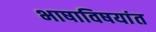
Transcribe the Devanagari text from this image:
भाषाविषयांत